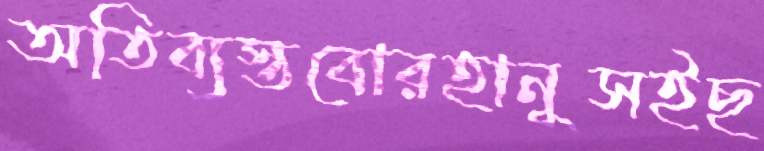
অতিব্যস্তবোরহানুসইছ